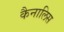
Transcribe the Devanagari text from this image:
कैनालिस